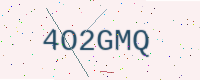
Text: 4O2GMQ